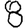
Digit: 8